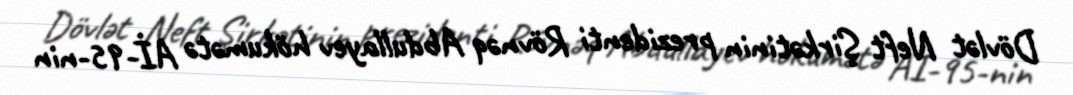
Dövlət Neft Şirkətinin prezidenti Rövnəq Abdullayev hökumətə Аİ-95-nin